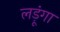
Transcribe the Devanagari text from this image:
लड़ूंगा